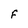
Character: F